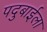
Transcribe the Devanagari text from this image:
पदुबाईला